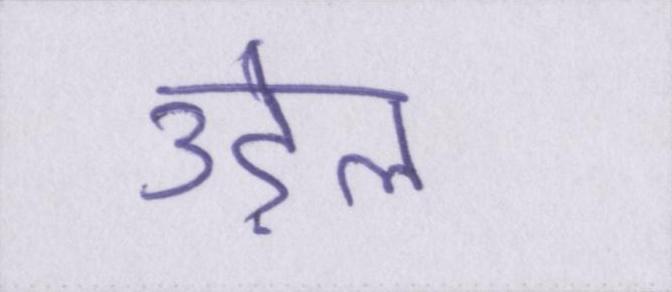
उड़ेल